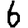
Digit: 6